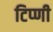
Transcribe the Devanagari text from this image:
टिप्णी